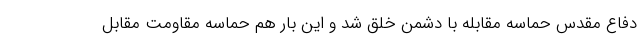
دفاع مقدس حماسه مقابله با دشمن خلق شد و این بار هم حماسه مقاومت مقابل